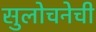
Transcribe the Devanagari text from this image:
सुलोचनेची